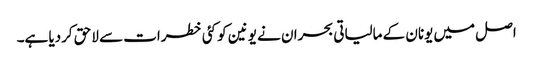
اصل میں یونان کے مالیاتی بحران نے یونین کو کئی خطرات سے لاحق کردیا ہے۔